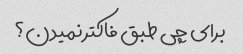
برای چی طبق فاکتر نمیدن؟